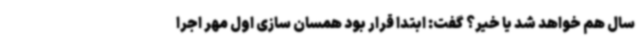
سال هم خواهد شد یا خیر؟ گفت: ابتدا قرار بود همسان سازی اول مهر اجرا